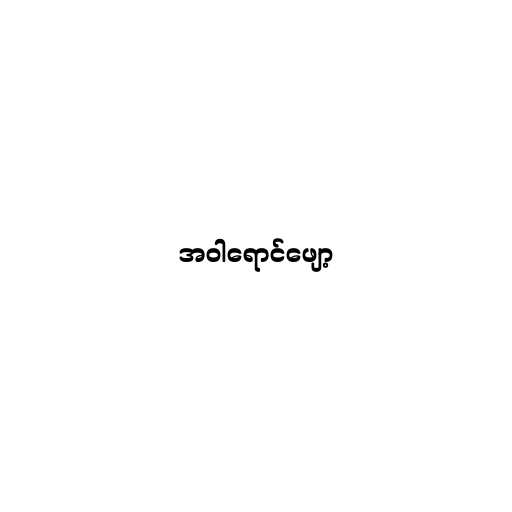
အဝါရောင်ဖျော့